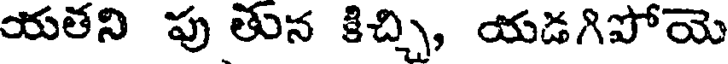
యతని పు తున కిచ్చి, యడగిపోయె